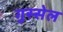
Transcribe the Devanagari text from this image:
गुस्सेल